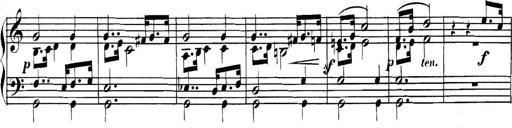
Title: Collected Piano Sonatas
Composer: Muzio Clementi